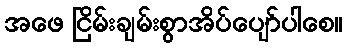
အဖေ ငြိမ်းချမ်းစွာအိပ်ပျော်ပါစေ။